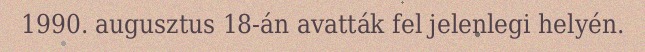
1990. augusztus 18-án avatták fel jelenlegi helyén.